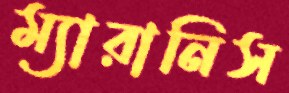
ম্যারানিস